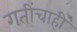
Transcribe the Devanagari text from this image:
गतींचाही